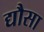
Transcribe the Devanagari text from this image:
द्यौसा